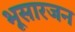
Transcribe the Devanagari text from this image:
भूसारजन